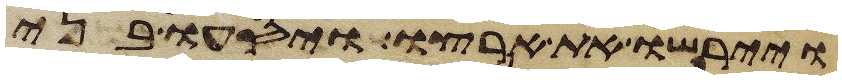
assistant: ויירשו את ארצו ויסעו בני